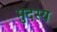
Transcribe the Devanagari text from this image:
मुदस्य